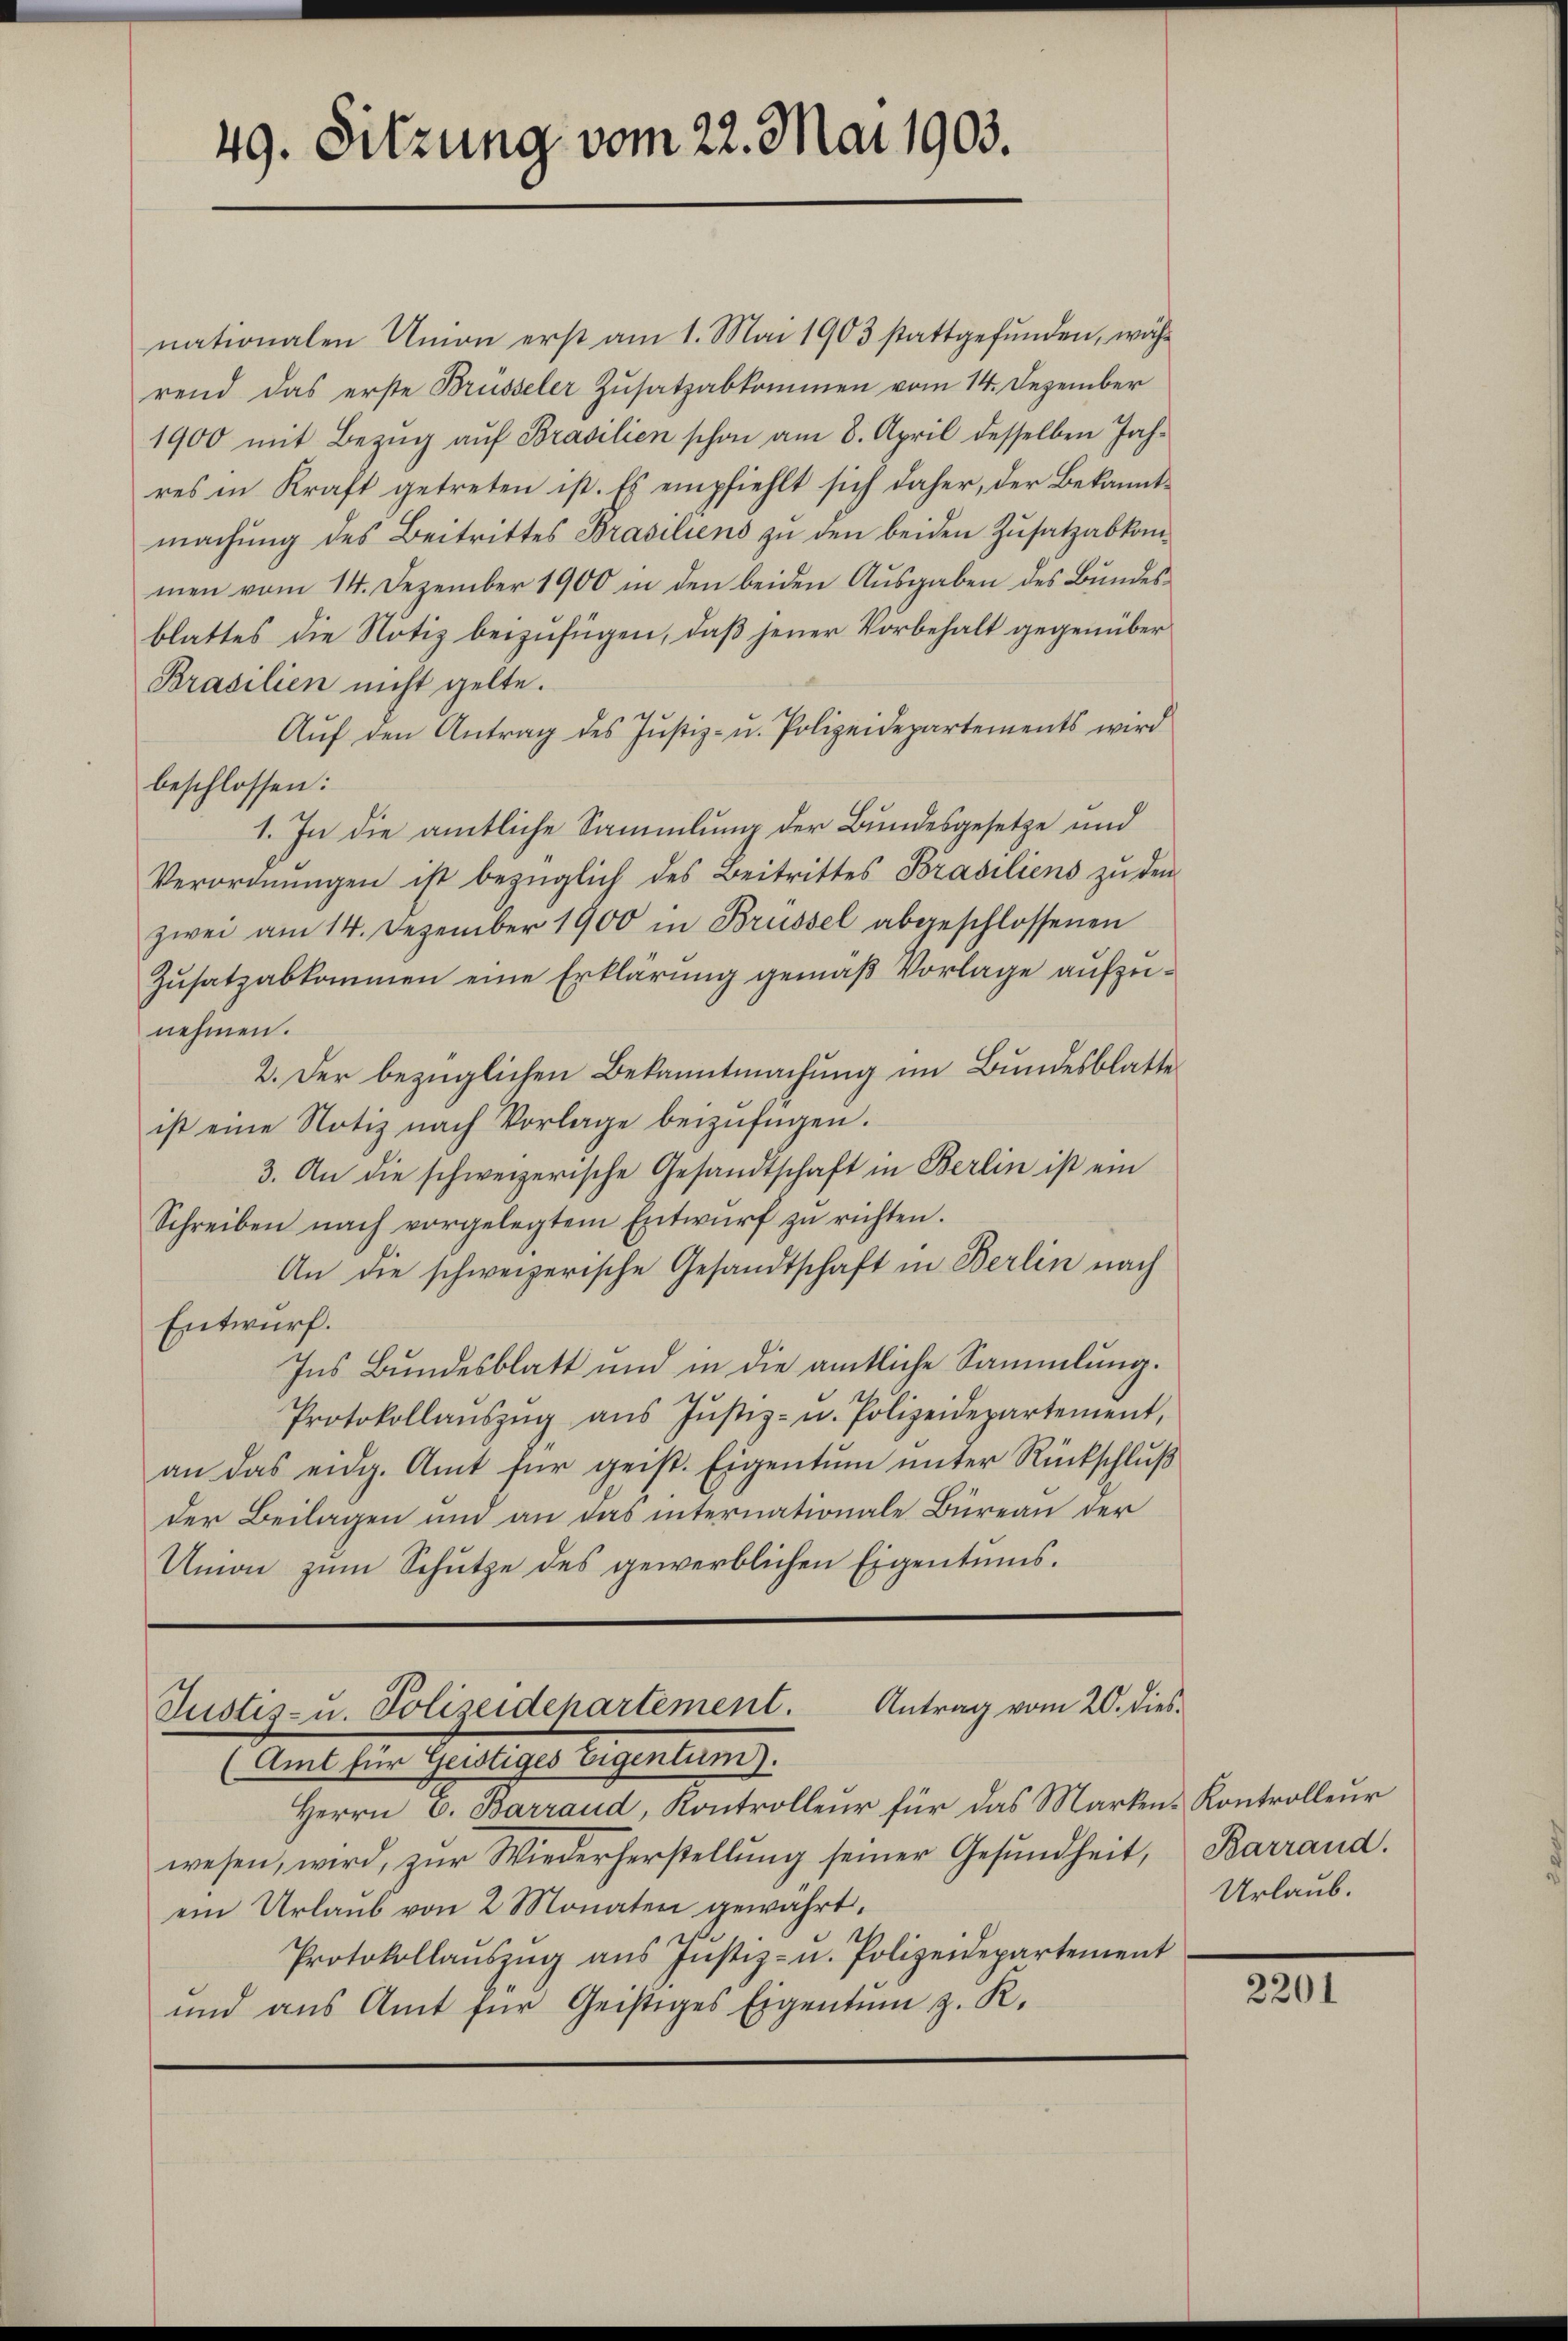
49. Sitzung vom 22. Mai 1903.

nationalen Union erst am 1. Mai 1903 stattgefunden, währ
rend das erste Brüsseler Zusatzabkommen vom 14. Dezember
1900 mit Bezŭg aŭf Brasilien schon am 8. April desselben Jahres in Kraft getreten ist. Es empfiehlt sich daher, der Bekanntmachung des Beitrittes Brasiliens zu den beiden Zusatzabkommen vom 14. Dezember 1900 in den beiden Aŭsgaben des Bŭndes-
blattes die Notiz beizufügen, daß jener Vorbehalt gegenüber
Brasilien nicht gelte.
Aŭf den Antrag des Jŭstiz- u. Polizeidepartements wird
beschlossen:
1. In die amtliche Sammlung der Bundesgesetze und
Verordnŭngen ist bezüglich des Beitrittes Brasiliens zu dem
zwei am 14. Dezember 1900 in Brüssel abgeschlossenen
Zusatzabkommen eine Erklärung gemäß Vorlage aufzunehmen.
2. Der bezüglichen Bekanntmachung im Bundesblatte
ist eine Notiz nach Vorlage beizufügen.
3. An die schweizerische Gesandtschaft in Berlin ist ein
Schreiben nach vorgelegtem Entwŭrf zŭ richten.
An die schweizerische Gesandtschaft in Berlin nach
Entwurf.
Ins Bundesblatt und in die amtliche Sammlung.
Protokollaŭszŭg aŭs Jŭstiz- u. Polizeidepartement,
an das eidg. Amt für geist. Eigentum unter Rückschluß
der Beilagen und an das internationale Büreau der
Union zŭm Schütze des gewerblichen Eigentums.

Justiz- u. Polizeidepartement. Antrag vom 20. dies
(Amt für Geistiges Eigentum).

Herrn C. Barraud, Kontrolleur für das Marken-Kontrolleur
wesen, wird, zŭr Wiederherstellŭng seiner Gesŭndheit, Barrand.
ein Urlaŭb von 2 Monaten gewährt.
Protokollaŭszŭg ans Jŭstiz- u. Polizeidepartement
und aus Amt für Geistiges Eigentum z. R.

Urlaub.

2201